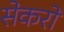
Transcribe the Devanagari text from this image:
सेकरो